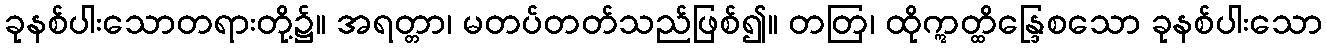
ခုနစ်ပါးသောတရားတို့၌။ အရတ္တာ၊ မတပ်တတ်သည်ဖြစ်၍။ တတြ၊ ထိုဣတ္ထိန္ဒြေစသော ခုနစ်ပါးသော